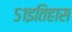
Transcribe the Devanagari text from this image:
५१इतिहास